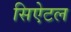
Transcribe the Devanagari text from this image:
सिऐटल